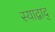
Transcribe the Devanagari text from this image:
स्याद्वाद्